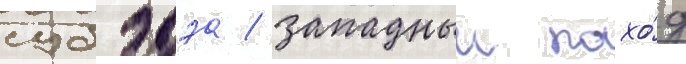
субэдэа / западныи похо́д